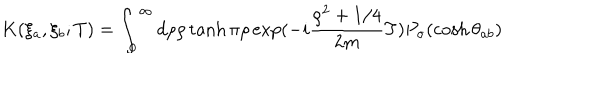
LaTeX: K ( \xi _ { a } , \xi _ { b } ; T ) = \int _ { 0 } ^ { \infty } d \rho \rho \tanh \pi \rho \exp ( - i \frac { \rho ^ { 2 } + 1 / 4 } { 2 m } T ) P _ { \sigma } ( \cosh \theta _ { a b } )